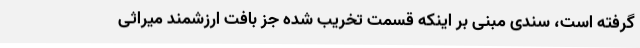
گرفته است، سندی مبنی بر اینکه قسمت تخریب شده جز بافت ارزشمند میراثی